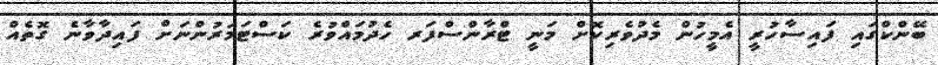
ބޭންކްގައި ފައިސާހުރީ އެމީހުން މެދުވެރިކޮށް މަނީ ޓްރާންސްފަރ ހެދުމައްވުރެ ކަސްޓަމަރުންނަށް ފައިދާވާނެ ގޮތެއް